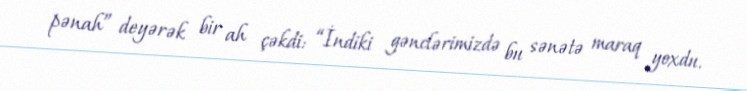
pənah” deyərək bir ah çəkdi: “İndiki gənclərimizdə bu sənətə maraq yoxdu.